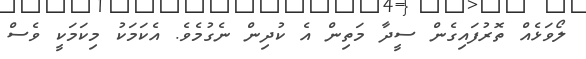
ލޯވަޅެއް ތޮރުފައިގެން ސީދާ މަތިން އެ ކުދިން ނެގުމެވެ. އެކަމަކު މިކަމަކީ ވެސް